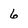
Character: 6